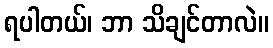
ရပါတယ်၊ ဘာ သိချင်တာလဲ။